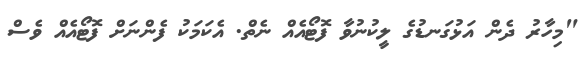
"މިހާރު ދެން އަޅުގަނޑުގެ ލީކުނުވާ ފޮޓޯއެއް ނެތް. އެކަމަކު ފެންނަށް ފޮޓޯއެއް ވެސް